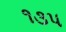
૧૩પ